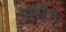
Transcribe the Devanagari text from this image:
गोसेज